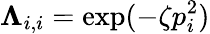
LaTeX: \boldsymbol{\Lambda}_{i,i}=\exp(-\zeta p_{i}^{2})